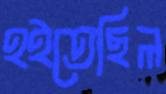
হইতেছিল